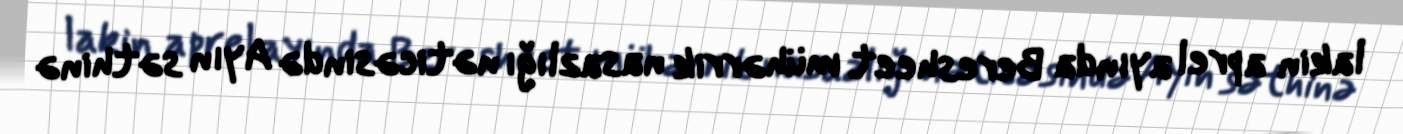
lakin aprel ayında Beresheet mühərrik nasazlığı nəticəsində Ayın səthinə